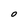
Character: O